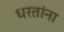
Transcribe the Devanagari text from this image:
धरतांना